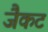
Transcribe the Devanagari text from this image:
जैकट